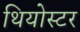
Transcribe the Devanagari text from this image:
थियोस्टर